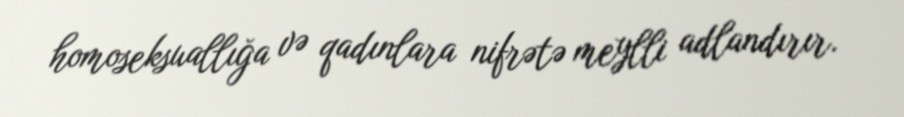
homoseksuallığa və qadınlara nifrətə meylli adlandırır.